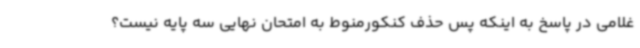
غلامی در پاسخ به اینکه پس حذف کنکورمنوط به امتحان نهایی سه پایه نیست؟